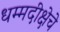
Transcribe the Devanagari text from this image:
धम्मदीक्षेचे